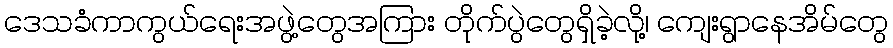
ဒေသခံကာကွယ်ရေးအဖွဲ့တွေအကြား တိုက်ပွဲတွေရှိခဲ့လို့၊ ကျေးရွာနေအိမ်တွေ